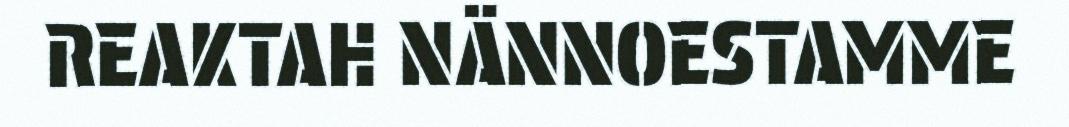
REAKTAH NÄNNOESTAMME